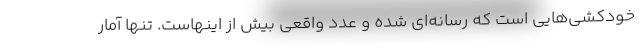
خودکشی‌هایی است که رسانه‌ای شده و عدد واقعی بیش از اینهاست. تنها آمار